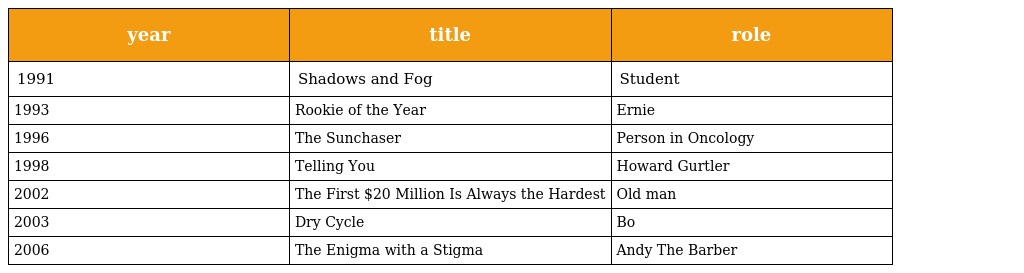
| year | title | role |
 | --- | --- | --- |
 | 1991 | Shadows and Fog | Student |
 | 1993 | Rookie of the Year | Ernie |
 | 1996 | The Sunchaser | Person in Oncology |
 | 1998 | Telling You | Howard Gurtler |
 | 2002 | The First $20 Million Is Always the Hardest | Old man |
 | 2003 | Dry Cycle | Bo |
 | 2006 | The Enigma with a Stigma | Andy The Barber |